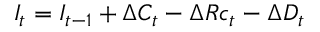
I _ { t } = I _ { t - 1 } + \Delta C _ { t } - \Delta R c _ { t } - \Delta D _ { t }